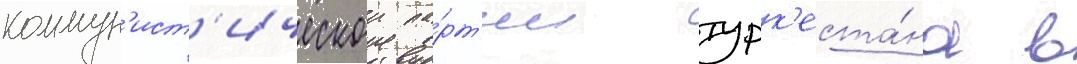
коммун'ист'ическои па́рт'ии турк'еста́на в